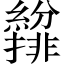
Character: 𫄐